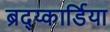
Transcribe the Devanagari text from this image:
ब्रद्य्कार्डिया